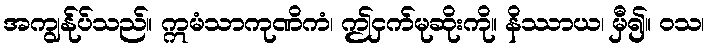
အကျွန်ုပ်သည်။ ဣမံသာကုဏိကံ၊ ဤငှက်မုဆိုးကို။ နိဿာယ၊ မှီ၍။ ဝသ၊